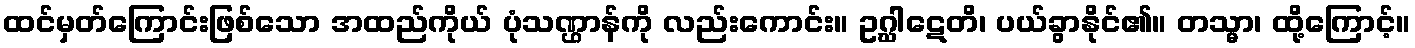
ထင်မှတ်ကြောင်းဖြစ်သော အထည်ကိုယ် ပုံသဏ္ဌာန်ကို လည်းကောင်း။ ဥဂ္ဃါဋေတိ၊ ပယ်ခွာနိုင်၏။ တသ္မာ၊ ထို့ကြောင့်။